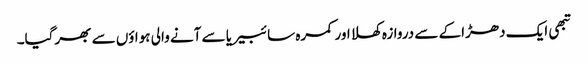
تبھی ایک دھڑاکے سے دروازہ کھلا اور کمرہ سائبیریا سے آنے والی ہواؤں سے بھرگیا۔